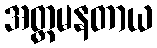
အတ္တမနတာယ